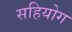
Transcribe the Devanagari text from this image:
सहियोग